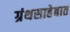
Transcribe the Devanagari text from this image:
ग्रंथसाहेबात